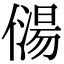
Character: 𠎯